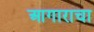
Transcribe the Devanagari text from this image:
आगाराचा